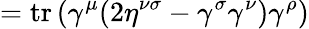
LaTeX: =\operatorname{tr}\left(\gamma^{\mu}(2\eta^{\nu\sigma}-\gamma^{\sigma}\gamma^{\nu})\gamma^{\rho}\right)